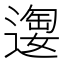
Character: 𫑂